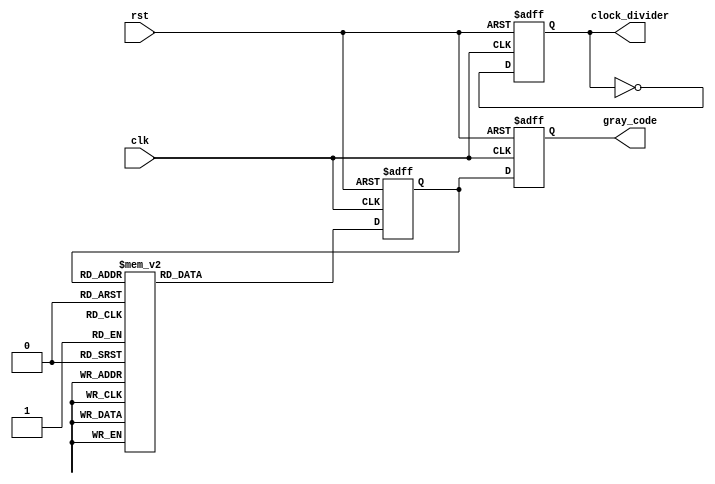
module Timing_Control_Synchronization (
  input wire clk,
  input wire rst,
  output reg [3:0] gray_code,
  output reg clock_divider
);

reg [3:0] gray_count;
reg [3:0] gray_next;

always @(posedge clk or posedge rst) begin
  if (rst) begin
    gray_count <= 4'b0;
  end else begin
    gray_count <= gray_next;
  end
end

always @(*) begin
  case (gray_count)
    4'b0000: gray_next = 4'b0001;
    4'b0001: gray_next = 4'b0011;
    4'b0011: gray_next = 4'b0010;
    4'b0010: gray_next = 4'b0110;
    4'b0110: gray_next = 4'b0111;
    4'b0111: gray_next = 4'b0101;
    4'b0101: gray_next = 4'b0100;
    4'b0100: gray_next = 4'b1100;
    4'b1100: gray_next = 4'b1101;
    4'b1101: gray_next = 4'b1111;
    4'b1111: gray_next = 4'b1110;
    4'b1110: gray_next = 4'b1010;
    4'b1010: gray_next = 4'b1011;
    4'b1011: gray_next = 4'b1001;
    4'b1001: gray_next = 4'b1000;
    4'b1000: gray_next = 4'b0000;
    default: gray_next = 4'b0;
  endcase
end

always @(posedge clk or posedge rst) begin
  if (rst) begin
    gray_code <= 4'b0;
  end else begin
    gray_code <= gray_count;
  end
end

always @(posedge clk or posedge rst) begin
  if (rst) begin
    clock_divider <= 1'b0;
  end else begin
    clock_divider <= ~clock_divider;
  end
end

endmodule